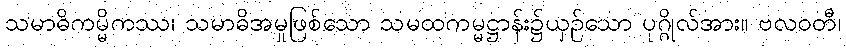
သမာဓိကမ္မိကဿ၊ သမာဓိအမှုဖြစ်သော သမထကမ္မဋ္ဌာန်း၌ယှဉ်သော ပုဂ္ဂိုလ်အား။ ဗလဝတီ၊